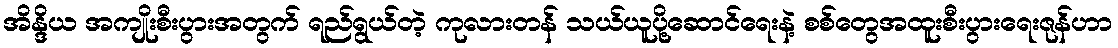
အိန္ဒိယ အကျိုးစီးပွားအတွက် ရည်ရွယ်တဲ့ ကုလားတန် သယ်ယူပို့ဆောင်ရေးနဲ့ စစ်တွေအထူးစီးပွားရေးဇုန်ဟာ